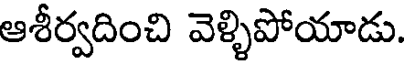
ఆశీర్వదించి వెళ్ళిపోయాడు.